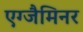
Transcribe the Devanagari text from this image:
एग्जैमिनर